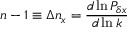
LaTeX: n - 1 \equiv \Delta n _ { x } = { \frac { d \ln { \cal P } _ { \delta x } } { d \ln k } }